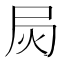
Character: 𰍳